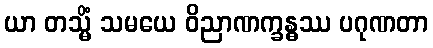
ယာ တသ္မိံ သမယေ ဝိညာဏက္ခန္ဓဿ ပဂုဏတာ